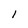
Character: l